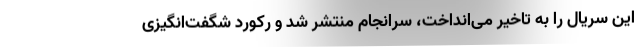
این سریال را به تاخیر می‌انداخت، سرانجام منتشر شد و رکورد شگفت‌انگیزی